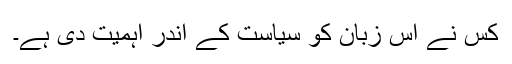
کس نے اس زبان کو سیاست کے اندر اہمیت دی ہے۔